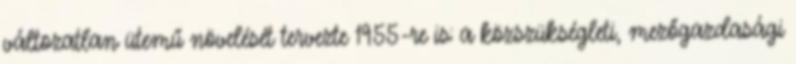
változatlan ütemű növelését tervezte 1955-re is: a közszükségleti, mezőgazdasági